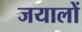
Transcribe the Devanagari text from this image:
जयालों